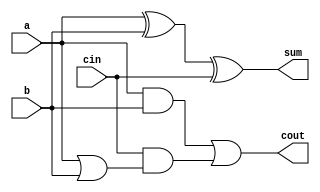
//-----------------------------------------------------------------------------
//
// Title       : full_adder
// Design      : IEEE754 Floating point Multiplication
// Company     : HP Inc.
//
//-----------------------------------------------------------------------------
//
// Generated   : Thu Jun  8 10:07:30 2023
// From        : interface description file
// By          : Itf2Vhdl ver. 1.22
//
//-----------------------------------------------------------------------------
//
// Description : 
//
//-----------------------------------------------------------------------------
`timescale 1 ns / 1 ps

//{{ Section below this comment is automatically maintained
//   and may be overwritten
//{module {full_adder}}
module full_adder ( a ,b ,cin ,sum ,cout );

// Inputs
  input a, b, cin;

  // Outputs
  output sum, cout;

  // Logic
  assign sum = a ^ b ^ cin;
  assign cout = (a & b) | (cin & (a | b));

endmodule